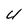
Character: U